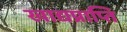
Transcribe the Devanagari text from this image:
खाद्यप्राप्ति